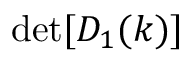
\operatorname* { d e t } [ D _ { 1 } ( k ) ]